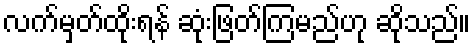
လက်မှတ်ထိုးရန် ဆုံးဖြတ်ကြမည်ဟု ဆိုသည်။